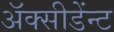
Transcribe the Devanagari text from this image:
अॅक्सीडेंन्ट